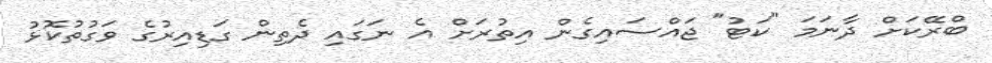
ބްރޭކަށް ދާނަމަ "ކަޓު" ޖައްސައިގެން އިތުރަށް އެ ނަގައި ދެތިން ގަޑިއިރުގެ ވަގުތުކޮޅު